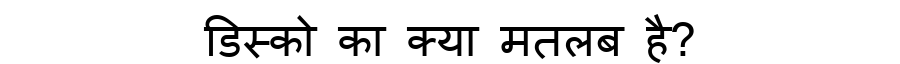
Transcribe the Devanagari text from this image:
डिस्को का क्या मतलब है?